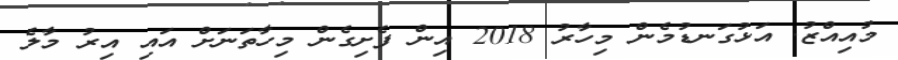
މުއިއްޒު. އަޅުގަނޑުމެން މިހާރު 2018 އިން ފެށިގެން މިހާތަނަށް އައި އިރު މާލެ